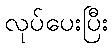
လုပ်ပေးပြီး